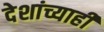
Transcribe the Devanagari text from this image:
देशांच्याही